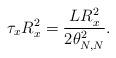
LaTeX: \begin{align*}\tau_x R_x^2 = \frac{L R_x^2}{2\theta_{N,N}^2}.\end{align*}